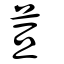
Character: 荁